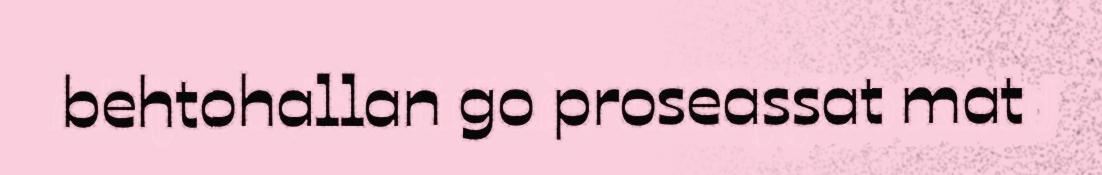
behtohallan go proseassat mat